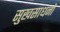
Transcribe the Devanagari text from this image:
सुखसाधनों